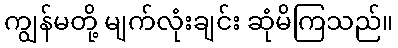
ကျွန်မတို့ မျက်လုံးချင်း ဆုံမိကြသည်။